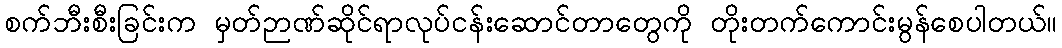
စက်ဘီးစီးခြင်းက မှတ်ဉာဏ်ဆိုင်ရာလုပ်ငန်းဆောင်တာတွေကို တိုးတက်ကောင်းမွန်စေပါတယ်။